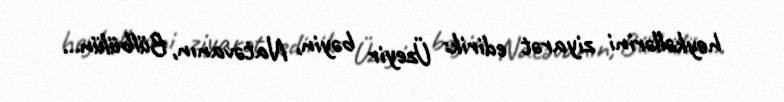
heykəllərini ziyarət edirik: Üzeyir bəyin, Natəvanın, Bülbülün...